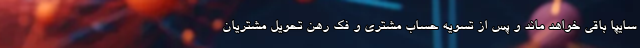
سایپا باقى خواهد ماند و پس از تسويه حساب مشترى و فك رهن تحويل مشتريان